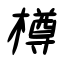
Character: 樽